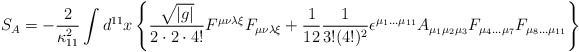
\begin{align*}S_A=-\frac{2}{\kappa_{11}^2}\int d^{11}x \left\{\frac{\sqrt{|g|}}{2\cdot 2\cdot 4!}F^{\mu\nu\lambda\xi}F_{\mu\nu\lambda\xi} +\frac{1}{12}\frac{1}{3!(4!)^2}\epsilon^{\mu_1\ldots \mu_{11}}A_{\mu_1\mu_2\mu_3}F_{\mu_4\ldots \mu_7}F_{\mu_8\ldots \mu_{11}}\right\}\end{align*}